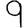
Digit: 9